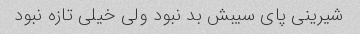
شیرینی پای سیبش بد نبود ولی خیلی تازه نبود